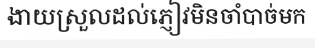
ងាយស្រួលដល់ភ្ញៀវមិនចាំបាច់មក